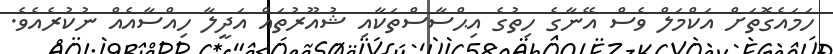
ހަމައެގޮތަށް އަކްމަލް ވެސް އޭނާގެ ހިތުގެ އިޙްސާސްތަކާއި ޝުއޫރުތައް އަދީލާ ހިއްސާއެއް ނުކުރެއެވެ.